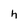
Character: h